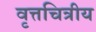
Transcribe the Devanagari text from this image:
वृत्तचित्रीय